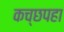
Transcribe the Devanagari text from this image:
कच्छपहा